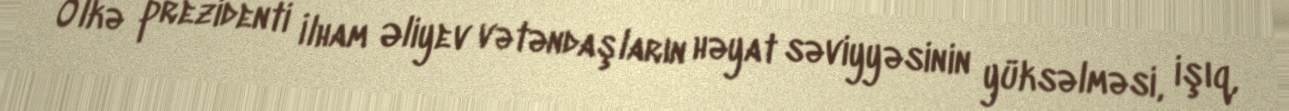
Ölkə prezidenti İlham Əliyev vətəndaşların həyat səviyyəsinin yüksəlməsi, işıq,